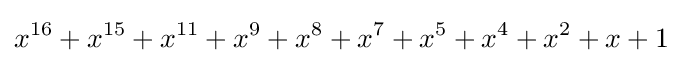
x^{16}+x^{15}+x^{11}+x^{9}+x^{8}+x^{7}+x^{5}+x^{4}+x^{2}+x+1